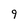
Character: 9